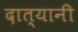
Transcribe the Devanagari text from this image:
दात्यानी